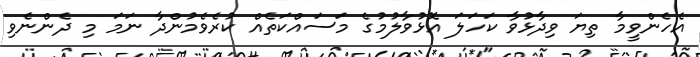
އެހެންވީމާ ތިޔަ ވިދާޅުވާ ކަހަލަ އޮޅުވާލުމުގެ މަސައްކަތެއް ކުރެވެމުންދާ ނަމަ މި ދެންނެވި